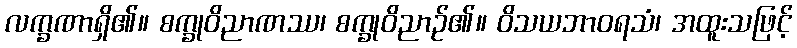
လက္ခဏာရှိ၏။ စက္ခုဝိညာဏဿ၊ စက္ခုဝိညာဉ်၏။ ဝိသယဘာဝရသံ၊ အထူးသဖြင့်